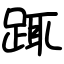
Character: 踂